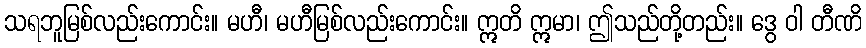
သရဘူမြစ်လည်းကောင်း။ မဟီ၊ မဟီမြစ်လည်းကောင်း။ ဣတိ ဣမာ၊ ဤသည်တို့တည်း။ ဒွေ ဝါ တီဏိ